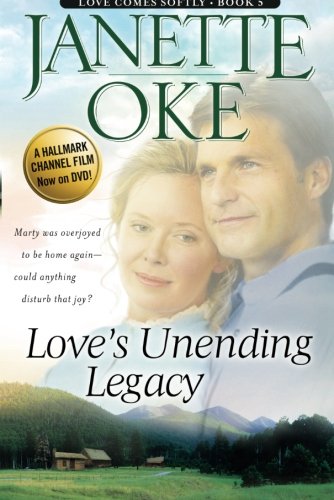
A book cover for Love's Unending Legacy (Love Comes Softly Series #5) (Volume 5); Janette Oke; Religion & Spirituality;